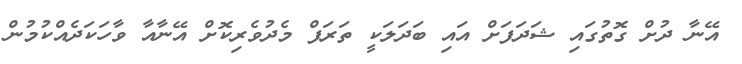
އޭނާ ދުށް ގޮތުގައި ޝަދަފަށް އައި ބަދަލަކީ ތަރަފް މެދުވެރިކޮށް އޭނާއާ ވާހަކަދެއްކުމުން